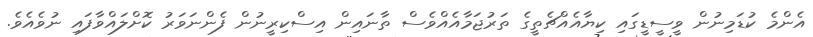
އެންމެ ކުޑަމިނުން ވީސީޑީގައި ކިޔާއެއްޗެތީގެ ތަރުޖަމާއެއްވެސް ތާނައިން އިސްކިރީނުން ފެންނަވަރު ކޮށްލައްވާފައި ނުވެއެވެ.